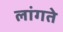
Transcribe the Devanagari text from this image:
लांगते